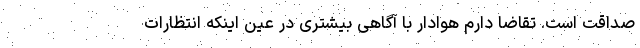
صداقت است. تقاضا دارم هوادار با آگاهی بیشتری در عین اینکه انتظارات